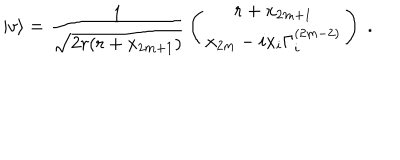
| v \rangle = { \frac { 1 } { \sqrt { 2 r ( r + x _ { 2 m + 1 } ) } } } \left( \begin{array} { c } { { r + x _ { 2 m + 1 } } } \\ { { x _ { 2 m } - i x _ { i } \Gamma _ { i } ^ { ( 2 m - 2 ) } } } \\ \end{array} \right) \; .